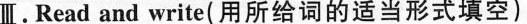
Ⅲ.Read and write(用所给词的适当形式填空)